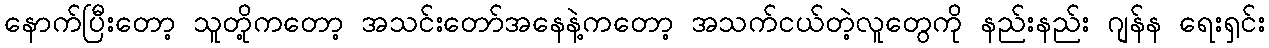
နောက်ပြီးတော့ သူတို့ကတော့ အသင်းတော်အနေနဲ့ကတော့ အသက်ငယ်တဲ့လူတွေကို နည်းနည်း ဂျန်န ရေးရှင်း